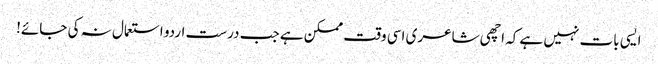
ایسی بات نہیں ہے کہ اچھی شاعری اسی وقت ممکن ہے جب درست اردو استعمال نہ کی جائے!